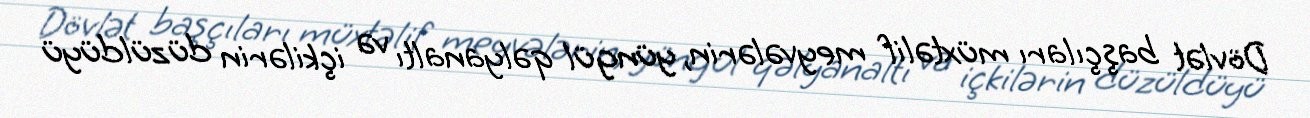
Dövlət başçıları müxtəlif meyvələrin, yüngül qəlyanaltı və içkilərin düzüldüyü